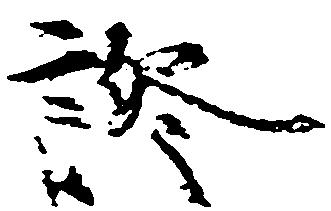
証